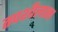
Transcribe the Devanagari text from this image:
तपशीलातच